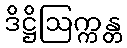
ဒိဋ္ဌိဩက္ကန္တ